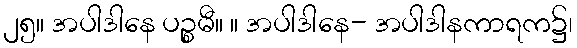
၂၅။ အပါဒါနေ ပဉ္စမီ။ ။ အပါဒါနေ- အပါဒါနကာရက၌၊